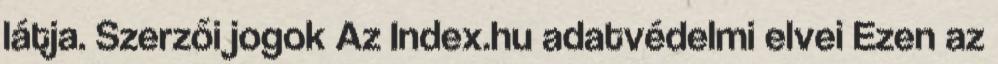
látja. Szerzői jogok Az Index.hu adatvédelmi elvei Ezen az